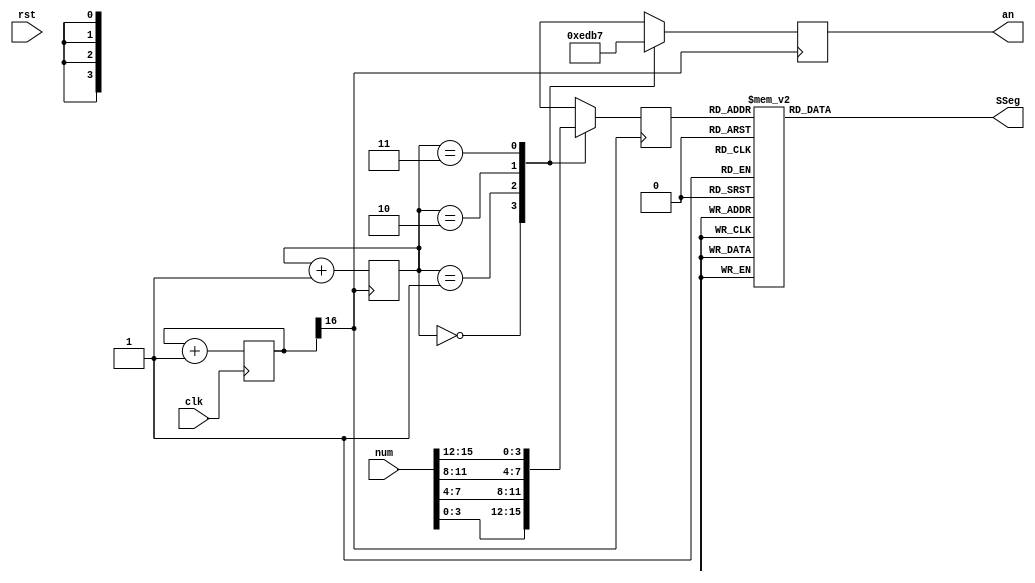
`timescale 1ns / 1ps
//////////////////////////////////////////////////////////////////////////////////
// Company: 
// Engineer: 
// 
// Design Name: 
// Module Name: dispay7seg
// Project Name: 
// Target Devices: 
// Tool Versions: 
// Description: 
// 
// Dependencies: 
// 
// Revision:
// Revision 0.01 - File Created
// Additional Comments:
// 
//////////////////////////////////////////////////////////////////////////////////
module display (num, clk, SSeg, an, rst);

  input [15:0] num;
  input clk;
  input rst;
  output reg [6:0] SSeg;
  output reg [3:0] an;


reg [3:0]BCD=0;

reg [26:0] cfreq=0;
wire enable;


assign enable = cfreq[16];

always @(posedge clk) begin
		cfreq <=cfreq+1;
end

reg [1:0] count =0;
always @(posedge enable) begin
			count<= count+1;
			an<=4'b1101;
			case (count)
				2'h0: begin BCD <= num[3:0];   an<=4'b1110; end
				2'h1: begin BCD <= num[7:4];   an<=4'b1101; end
				2'h2: begin BCD <= num[11:8];  an<=4'b1011; end
				2'h3: begin BCD <= num[15:12]; an<=4'b0111; end
			endcase
end




always @ ( * ) begin
  case (BCD)
    4'b0000: SSeg = 7'b1000000; // "0"
	4'b0001: SSeg = 7'b1111001; // "1"
	4'b0010: SSeg = 7'b0100100; // "2"
	4'b0011: SSeg = 7'b0110000; // "3"
	4'b0100: SSeg = 7'b0011001; // "4"
	4'b0101: SSeg = 7'b0010010; // "5"
	4'b0110: SSeg = 7'b0000010; // "6"
	4'b0111: SSeg = 7'b1111000; // "7"
	4'b1000: SSeg = 7'b0000000; // "8"
	4'b1001: SSeg = 7'b0011000; // "9"
       4'ha: SSeg = 7'b0001000; // "10"
       4'hb: SSeg = 7'b0000011; // "11"
       4'hc: SSeg = 7'b0100111; // "12"
       4'hd: SSeg = 7'b0100001; // "13"
       4'he: SSeg = 7'b0000100; // "14"
       4'hf: SSeg = 7'b0001110; // "15"
    default:
    SSeg = 0;
    endcase
end

endmodule